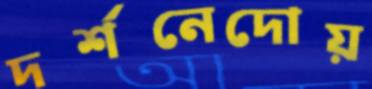
দর্শনেদোয়